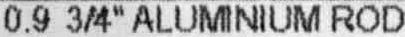
0.9 3/4" ALUMINIUM ROD